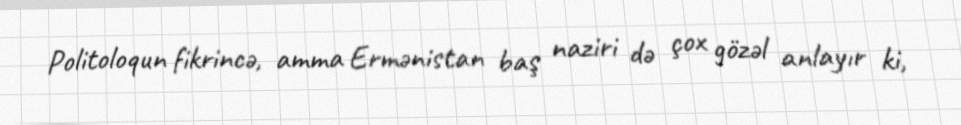
Politoloqun fikrincə, amma Ermənistan baş naziri də çox gözəl anlayır ki,